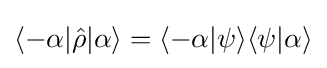
\langle -\alpha |{\hat {\rho }}|\alpha \rangle =\langle -\alpha |\psi \rangle \langle \psi |\alpha \rangle